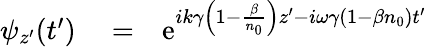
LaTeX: \begin{array}{rlr}{\psi_{z^{\prime}}(t^{\prime})}&{{}=}&{\mathrm{e}^{ik\gamma\left(1-\frac{\beta}{n_{0}}\right)z^{\prime}-i\omega\gamma\left(1-\beta n_{0}\right)t^{\prime}}}\end{array}